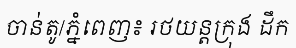
ចាន់តូ/ភ្នំពេញ៖ រថយន្តក្រុង ដឹក